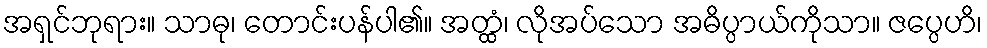
အရှင်ဘုရား။ သာဓု၊ တောင်းပန်ပါ၏။ အတ္ထံ၊ လိုအပ်သော အဓိပ္ပာယ်ကိုသာ။ ဇပ္ပေဟိ၊